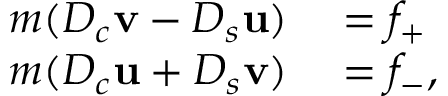
\begin{array} { r l } { m ( D _ { c } { \bf v } - D _ { s } { \bf u } ) } & { { } = f _ { + } } \\ { m ( D _ { c } { \bf u } + D _ { s } { \bf v } ) } & { { } = f _ { - } , } \end{array}